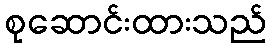
စုဆောင်းထားသည်